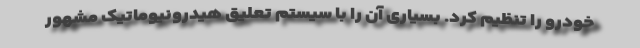
خودرو را تنظیم کرد. بسیاری آن را با سیستم تعلیق هیدرونیوماتیک مشهور